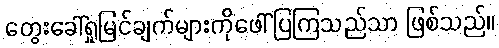
တွေးခေါ်ရှုမြင်ချက်များကိုဖေါ်ပြကြသည်သာ ဖြစ်သည်။